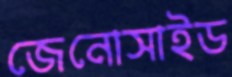
জেনোসাইড